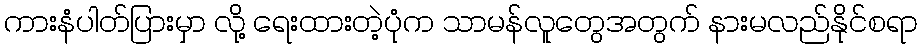
ကားနံပါတ်ပြားမှာ လို့ ရေးထားတဲ့ပုံက သာမန်လူတွေအတွက် နားမလည်နိုင်စရာ